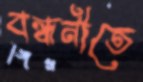
বন্ধনীতে